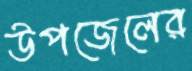
উপজেলের